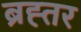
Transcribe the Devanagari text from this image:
ब्रह्तर